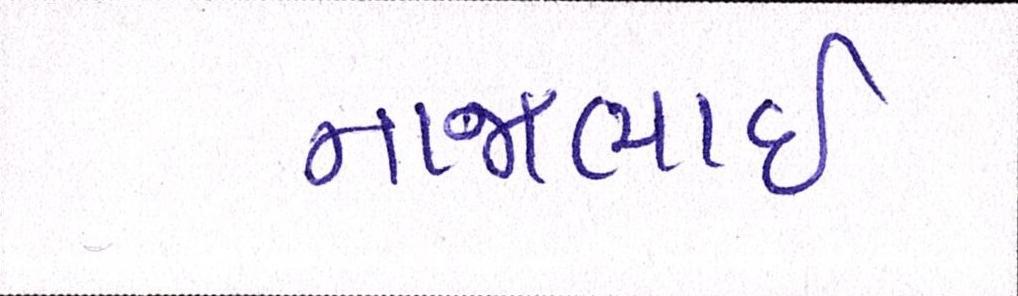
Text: નાજાભાઇ